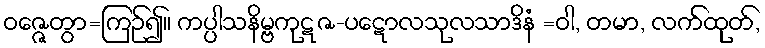
ဝဇ္ဇေတွာ=ကြဉ်၍။ ကပ္ပါသနိမ္ဗကုဋဇ-ပဋောလသုလသာဒိနံ =ဝါ, တမာ, လက်ထုတ်,